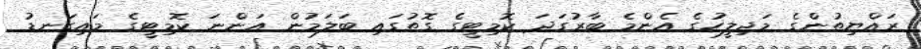
ރައްޔިތުންގެ މަޖިލީހުގެ އެންމެ ބާރުގަދަ ކޮމިޓީގެ ގޮތުގައި ބަލަމުން އަންނަ ކޮމިޓީގެ މައިގަނޑު